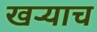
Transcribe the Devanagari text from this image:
खऱ्याच